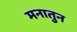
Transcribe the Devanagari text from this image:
मनातुन